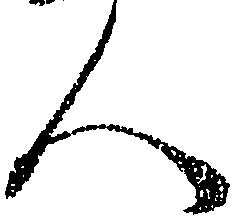
人